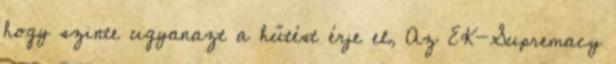
hogy szinte ugyanazt a hűtést érje el, Az EK-Supremacy